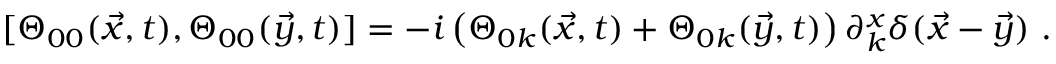
[ \Theta _ { 0 0 } ( \vec { x } , t ) , \Theta _ { 0 0 } ( \vec { y } , t ) ] = - i \left( \Theta _ { 0 k } ( \vec { x } , t ) + \Theta _ { 0 k } ( \vec { y } , t ) \right) \partial _ { k } ^ { x } \delta ( \vec { x } - \vec { y } ) ~ .